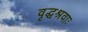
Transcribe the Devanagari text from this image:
वृद्धश्रवाः